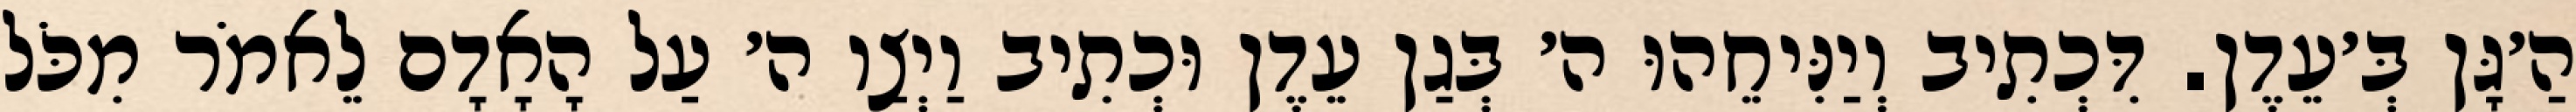
הַ׳גָּן בְּ׳עֵדֶן. דִּכְתִיב וְיַנִּיחֵהוּ ה׳ בְּגַן עֵדֶן וּכְתִיב וַיְצַו ה׳ עַל הָאָדָם לֵאמֹר מִכֹּל